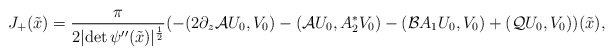
\begin{align*}J_+(\tilde x)=\frac{\pi}{2\vert \mbox{det}\,\psi''(\tilde x)\vert^\frac 12}(-(2\partial_z\mathcal AU_0, V_0)-(\mathcal AU_0, A_2^*V_0) -(\mathcal B A_1 U_0, V_0)+(\mathcal Q U_0,V_0))(\tilde x),\end{align*}